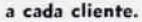
a cada cliente.